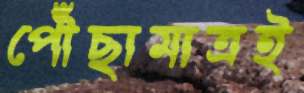
পৌঁছামাত্রই